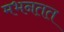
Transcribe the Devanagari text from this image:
मभनतत